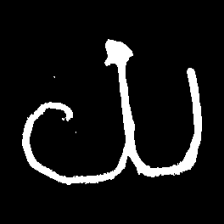
Pyu character \u2014 Myanmar letter: ယ (romanized: ya)